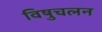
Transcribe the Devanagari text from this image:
विषुचलन